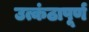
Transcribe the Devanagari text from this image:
उत्कंठापूर्ण